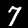
Digit: 7